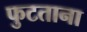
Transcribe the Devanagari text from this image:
फुटताना